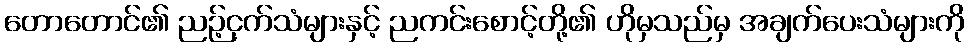
တောတောင်၏ ညဉ့်ငှက်သံများနှင့် ညကင်းစောင့်တို့၏ ဟိုမှသည်မှ အချက်ပေးသံများကို